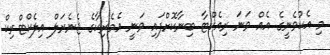
މި އެކުވެނީގެ އެއް ވަނަ ރިއެކްޓާ ބިނާކޮށްފައި ވަނީ އެމެރިކާގެ ޖެނެރަލް އިލެކްޓްރިކް